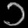
Digit: ၁